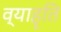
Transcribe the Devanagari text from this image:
व्याहृति